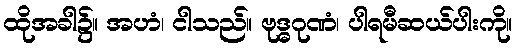
ထိုအခါ၌။ အဟံ၊ ငါသည်။ ဗုဒ္ဓဂုဏံ၊ ပါရမီဆယ်ပါးကို။